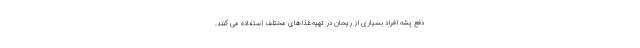
دفع پشه افراد بسیاری از ریحان در تهیه غذاهای مختلف استفاده می کنند.